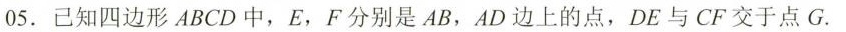
05.已知四边形ABCD中，E，F分别是AB，AD边上的点，DE与CF交于点G.